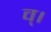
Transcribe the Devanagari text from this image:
व्।